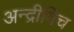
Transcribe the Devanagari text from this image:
अन्द्रीविच